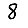
Digit: 8